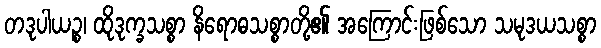
တဒုပါယဉ္စ၊ ထိုဒုက္ခသစ္စာ နိရောဓသစ္စာတို့၏ အကြောင်းဖြစ်သော သမုဒယသစ္စာ